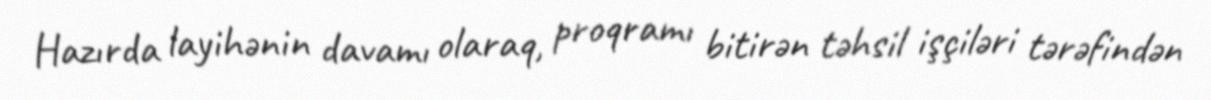
Hazırda layihənin davamı olaraq, proqramı bitirən təhsil işçiləri tərəfindən